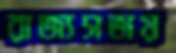
রাজ্যসভায়